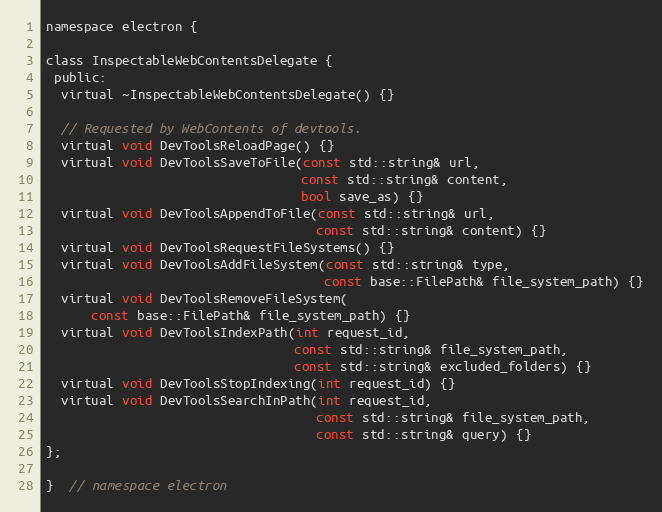
Language: C
namespace electron {

class InspectableWebContentsDelegate {
 public:
  virtual ~InspectableWebContentsDelegate() {}

  // Requested by WebContents of devtools.
  virtual void DevToolsReloadPage() {}
  virtual void DevToolsSaveToFile(const std::string& url,
                                  const std::string& content,
                                  bool save_as) {}
  virtual void DevToolsAppendToFile(const std::string& url,
                                    const std::string& content) {}
  virtual void DevToolsRequestFileSystems() {}
  virtual void DevToolsAddFileSystem(const std::string& type,
                                     const base::FilePath& file_system_path) {}
  virtual void DevToolsRemoveFileSystem(
      const base::FilePath& file_system_path) {}
  virtual void DevToolsIndexPath(int request_id,
                                 const std::string& file_system_path,
                                 const std::string& excluded_folders) {}
  virtual void DevToolsStopIndexing(int request_id) {}
  virtual void DevToolsSearchInPath(int request_id,
                                    const std::string& file_system_path,
                                    const std::string& query) {}
};

}  // namespace electron